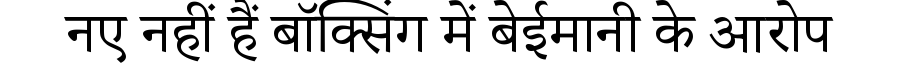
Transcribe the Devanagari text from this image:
नए नहीं हैं बॉक्सिंग में बेईमानी के आरोप